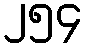
၂၅၄